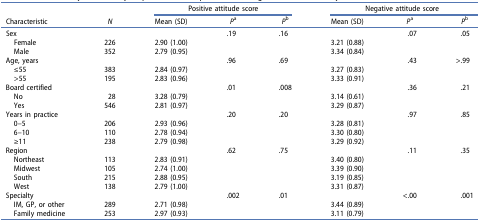
|  |  | <COLSPAN=3> Positive attitude score | <COLSPAN=3> Negative attitude score |
 | Characteristic | N | Mean (SD) | Pa | Pb | Mean (SD) | Pa | Pb |
 | --- | --- | --- | --- | --- | --- | --- | --- |
 | Sex |  |  | .19 | .16 |  | .07 | .05 |
 | Female | 226 | 2.90 (1.00) |  |  | 3.21 (0.88) |  |  |
 | Male | 352 | 2.79 (0.95) |  |  | 3.34 (0.84) |  |  |
 | Age, years |  |  | .96 | .69 |  | .43 | >.99 |
 | ≤55 | 383 | 2.84 (0.97) |  |  | 3.27 (0.83) |  |  |
 | >55 | 195 | 2.83 (0.96) |  |  | 3.33 (0.91) |  |  |
 | Board certified |  |  | .01 | .008 |  | .36 | .21 |
 | No | 28 | 3.28 (0.79) |  |  | 3.14 (0.61) |  |  |
 | Yes | 546 | 2.81 (0.97) |  |  | 3.29 (0.87) |  |  |
 | Years in practice |  |  | .20 | .20 |  | .97 | .85 |
 | 0–5 | 206 | 2.93 (0.96) |  |  | 3.28 (0.81) |  |  |
 | 6–10 | 110 | 2.78 (0.94) |  |  | 3.30 (0.80) |  |  |
 | ≥11 | 238 | 2.79 (0.98) |  |  | 3.29 (0.92) |  |  |
 | Region |  |  | .62 | .75 |  | .11 | .35 |
 | Northeast | 113 | 2.83 (0.91) |  |  | 3.40 (0.80) |  |  |
 | Midwest | 105 | 2.74 (1.00) |  |  | 3.39 (0.90) |  |  |
 | South | 215 | 2.88 (0.95) |  |  | 3.19 (0.85) |  |  |
 | West | 138 | 2.79 (1.00) |  |  | 3.31 (0.87) |  |  |
 | Specialty |  |  | .002 | .01 |  | <.00 | .001 |
 | IM, GP, or other | 289 | 2.71 (0.98) |  |  | 3.44 (0.89) |  |  |
 | Family medicine | 253 | 2.97 (0.93) |  |  | 3.11 (0.79) |  |  |